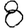
Digit: 8